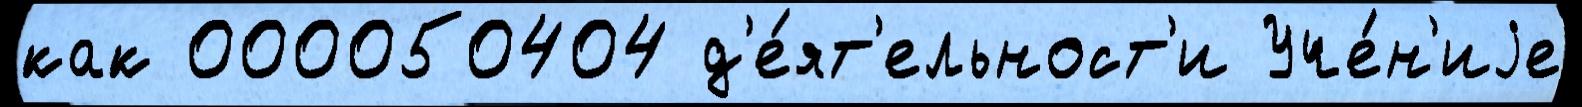
как 000050404 д'е́ят'ельност'и Уче́н'иjе